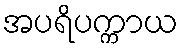
အပရိပက္ကာယ